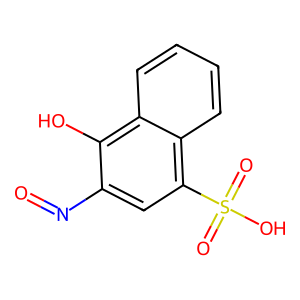
SMILES: O=Nc1cc(S(=O)(=O)O)c2ccccc2c1O
Inhibits HIV replication: No